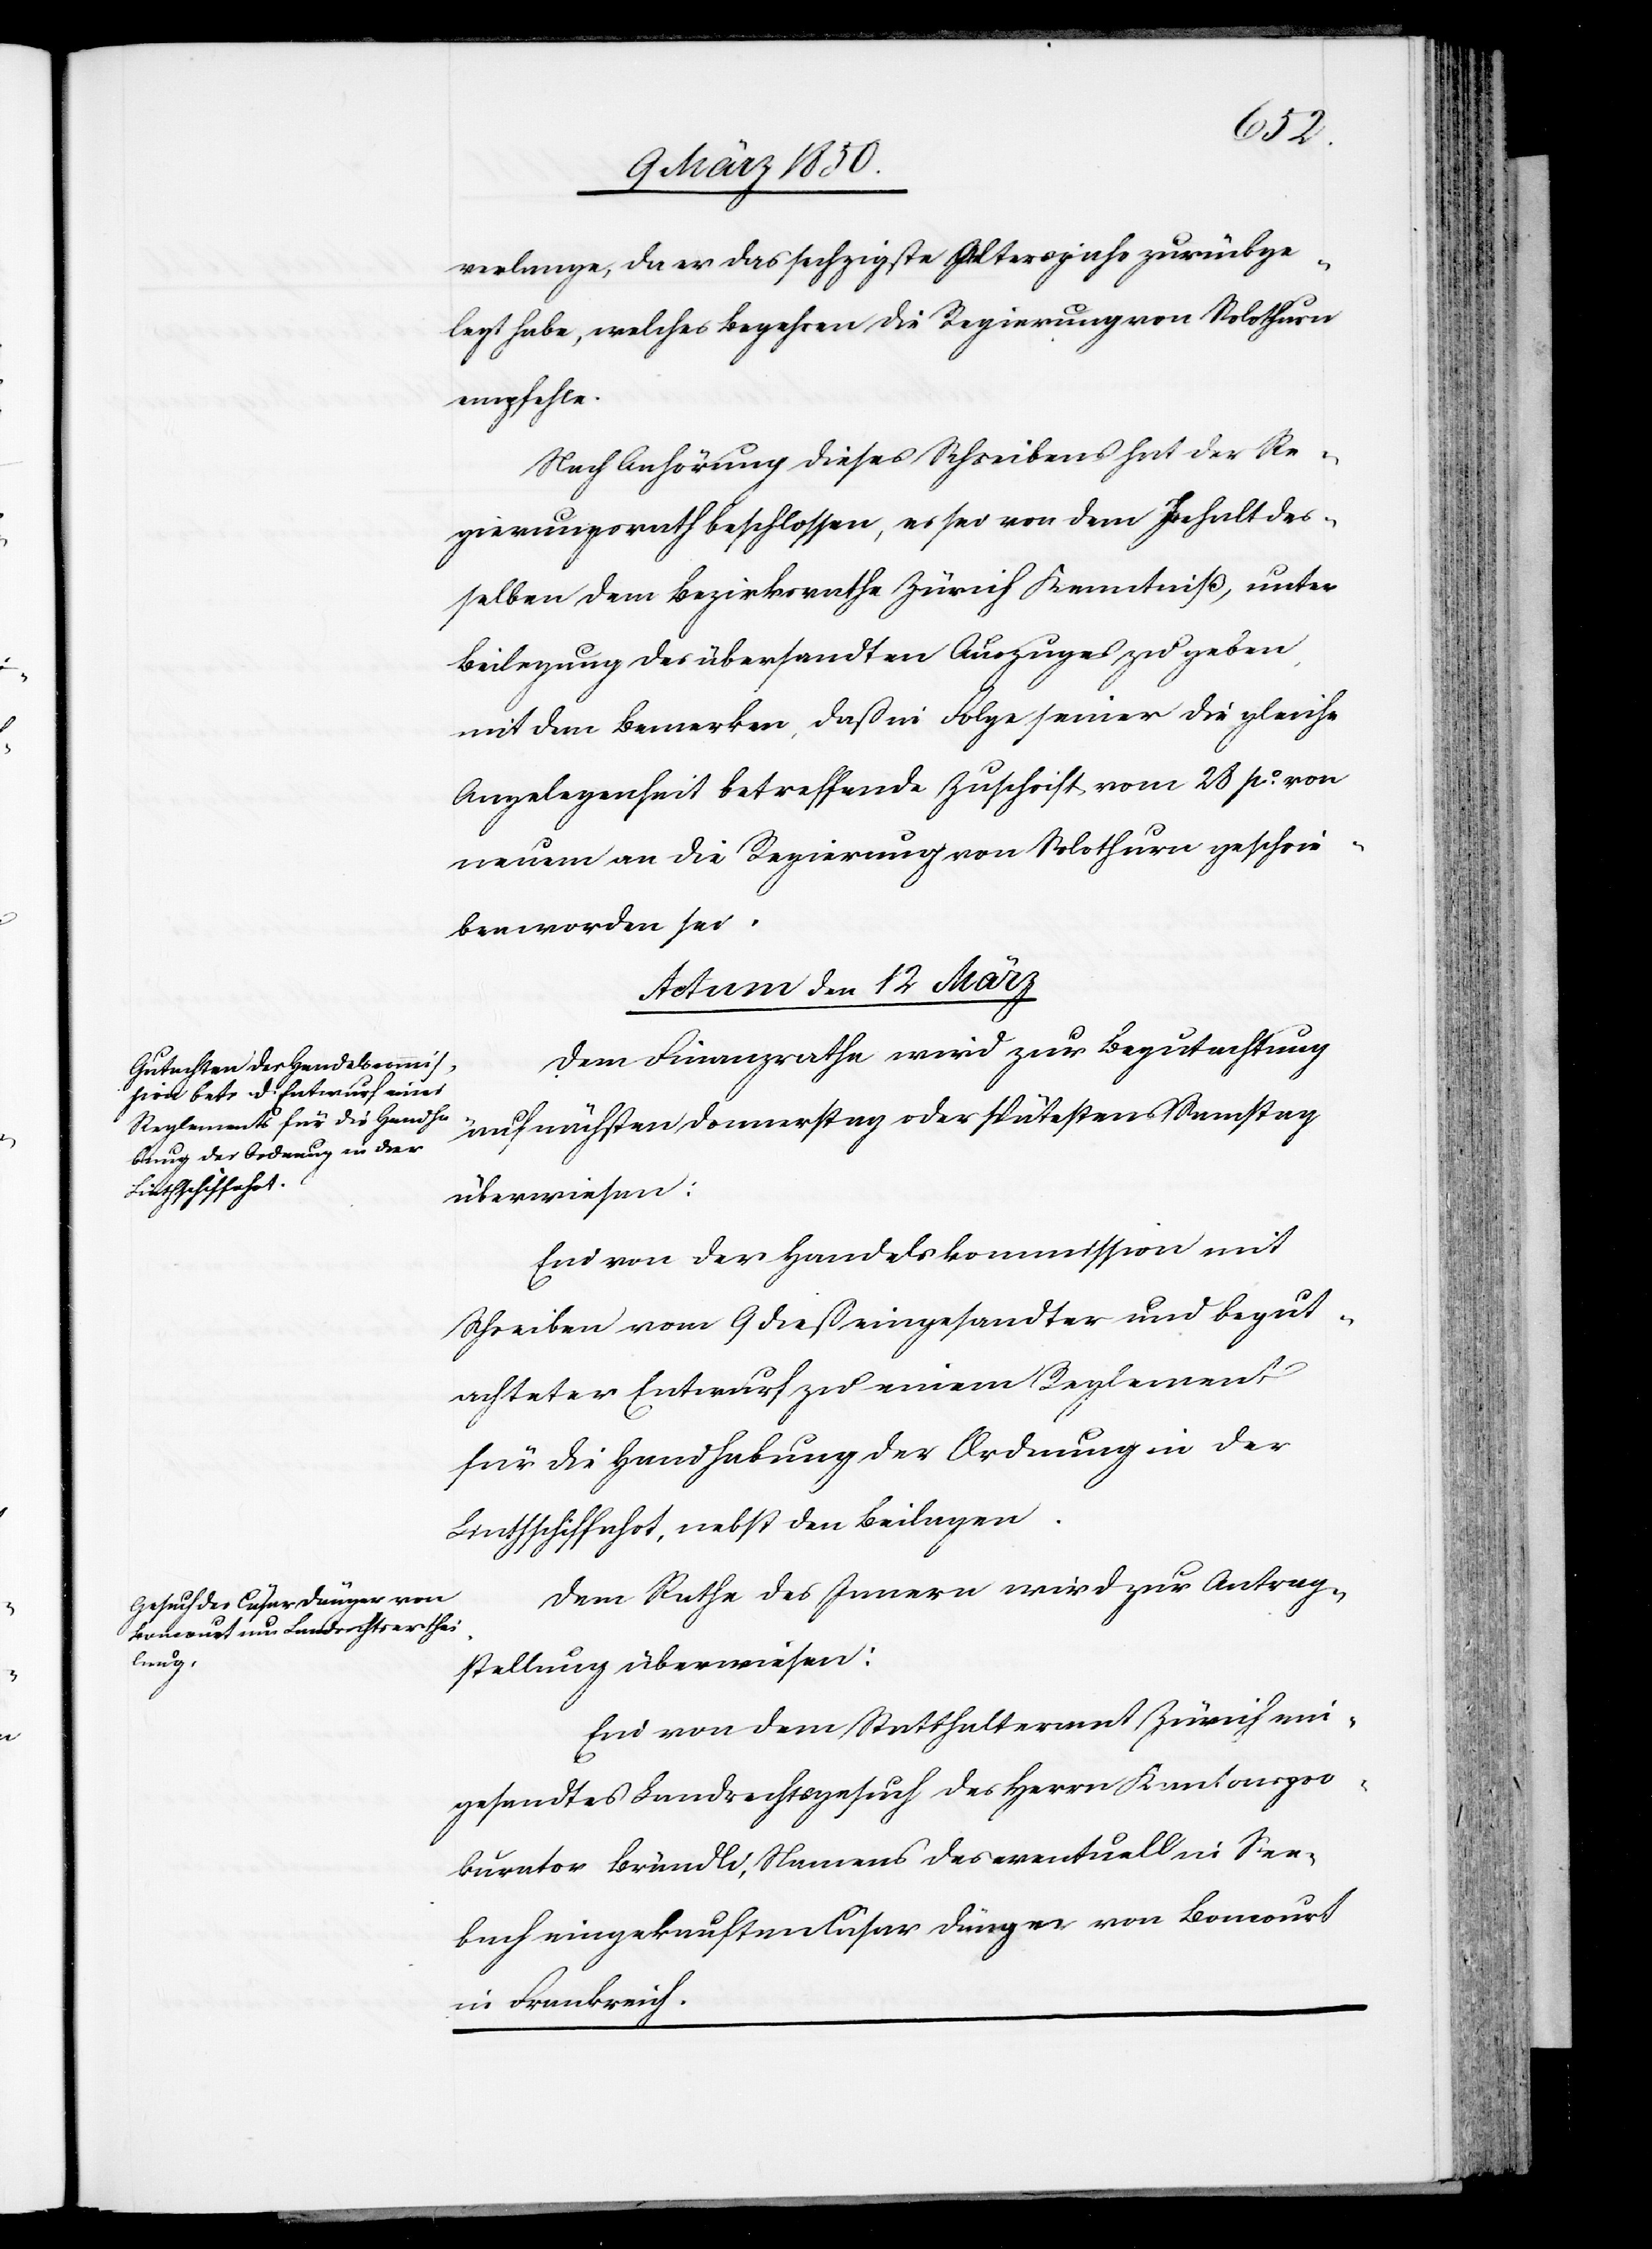
verlange, da er das sechzigste Altersjahr zurückge¬
legt habe, welches Begehren die Regierung von Solothurn
empfehle.
Nach Anhörung dieses Schreibens hat der Re¬
gierungsrath beschlossen, es sei von dem Inhalt des¬
selben dem Bezirksrathe Zürich Kenntniß, unter
Beilegung des übersandten Auszuges, zu geben,
mit dem Bemerken, daß in Folge seiner die gleiche
Angelegenheit betreffende Zuschrift vom 28 po. von
neuem an die Regierung von Solothurn geschrie¬
ben worden sei.
Actum den 12 März]
Dem Finanzrathe wird zur Begutachtung
auf nächsten Donnerstag oder spätestens Samstag
überwiesen:
Ein von der Handelskommission mit
Schreiben vom 9 dieß eingesandter und begut¬
achteter Entwurf zu einem Reglement
für die Handhabung der Ordnung in der
Linthschiffahrt, nebst den Beilagen.
Dem Rathe des Innern wird zur Antrag¬
stellung überwiesen:
Ein von dem Statthalteramt Zürich ein¬
gesandtes Landrechtsgesuch des Herrn Kantonspro¬
kurator Brändli, Namens des eventuell in See¬
bach eingekauften Cäsar Dünger von Boncourt
in Frankreich.